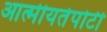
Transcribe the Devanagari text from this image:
आत्मीयतेपोटी